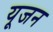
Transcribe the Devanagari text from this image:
यूजन